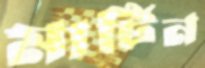
মার্টিন